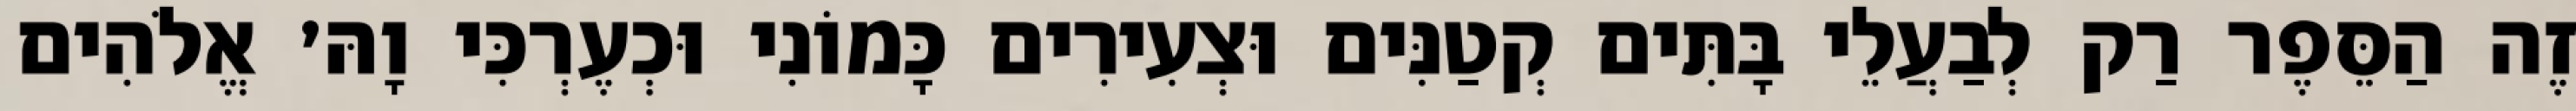
זֶה הַסֵּפֶר רַק לְבַעֲלֵי בָּתִּים קְטַנִּים וּצְעִירִים כָּמוֹנִי וּכְעֶרְכִּי וָהּ׳ אֱלֹהִים